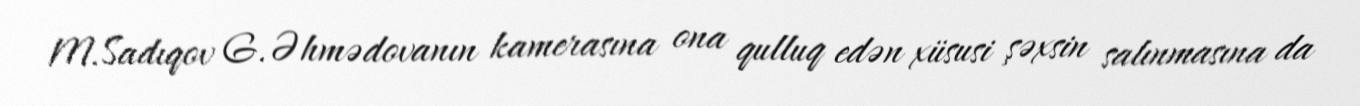
M.Sadıqov G.Əhmədovanın kamerasına ona qulluq edən xüsusi şəxsin salınmasına da